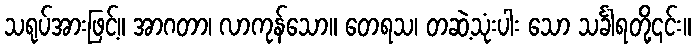
သရုပ်အားဖြင့်။ အာဂတာ၊ လာကုန်သော။ တေရသ၊ တဆဲ့သုံးပါး သော သင်္ခါရတို့၎င်း။